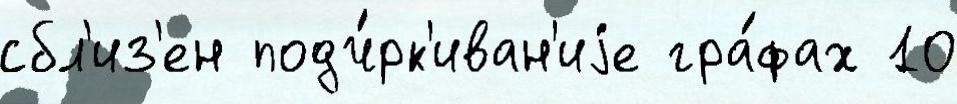
сбл'из'ен подч́рк'иван'иjе гра́фах 10